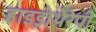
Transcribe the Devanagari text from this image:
हाइड्रोथेरेपी